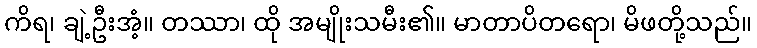
ကိရ၊ ချဲ့ဦးအံ့။ တဿာ၊ ထို အမျိုးသမီး၏။ မာတာပိတရော၊ မိဖတို့သည်။